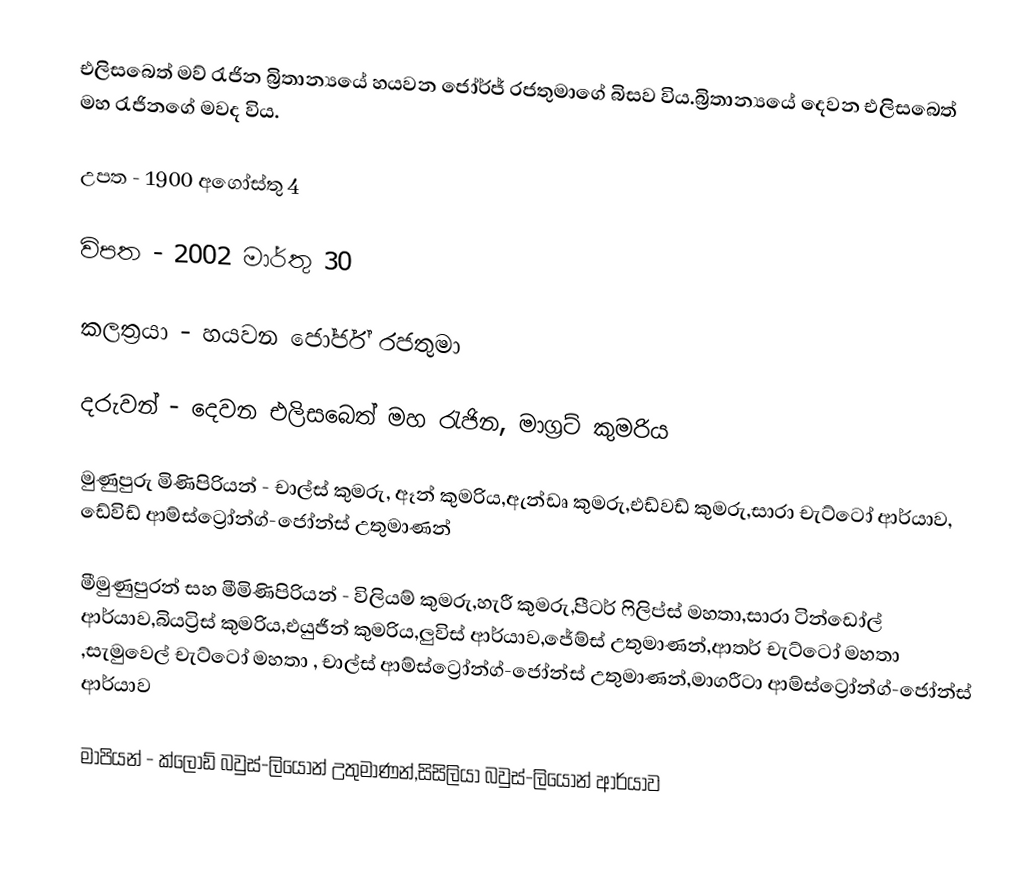
එලිසබෙත් මව් රැජින බ්‍රිතාන්‍යයේ හයවන ජෝර්ජ් රජතුමාගේ බිසව විය.බ්‍රිතාන්‍යයේ දෙවන එලිසබෙත් මහ රැජිනගේ මවද විය.

උපත - 1900 අගෝස්තු 4

විපත - 2002 මාර්තු 30

කලත්‍රයා - හයවන ජෝර්ජ් රජතුමා

දරුවන් - දෙවන එලිසබෙත් මහ රැජින, මාග්‍රට් කුමරිය

මුණුපුරු මිණිපිරියන් - චාල්ස් කුමරු, ඈන් කුමරිය,ඇන්ඩෘ කුමරු,එඩ්වඩ් කුමරු,සාරා චැට්ටෝ ආර්යාව, ඩේවිඩ් ආම්ස්ට්‍රෝන්ග්-ජෝන්ස් උතුමාණන්

මීමුණුපුරන් සහ මීමිණිපිරියන් - විලියම් කුමරු,හැරී කුමරු,පීටර් ෆිලිප්ස් මහතා,සාරා ටින්ඩෝල් ආර්යාව,බියට්‍රිස් කුමරිය,එයුජීන් කුමරිය,ලුවිස් ආර්යාව,ජේම්ස් උතුමාණන්,ආතර් චැට්ටෝ මහතා ,සැමුවෙල් චැට්ටෝ මහතා , චාල්ස් ආම්ස්ට්‍රෝන්ග්-ජෝන්ස් උතුමාණන්,මාගරීටා ආම්ස්ට්‍රෝන්ග්-ජෝන්ස් ආර්යාව

මාපියන් - ක්ලෝඩ් බවුස්-ලියෝන් උතුමාණන්,සිසිලියා බවුස්-ලියෝන් ආර්යාව